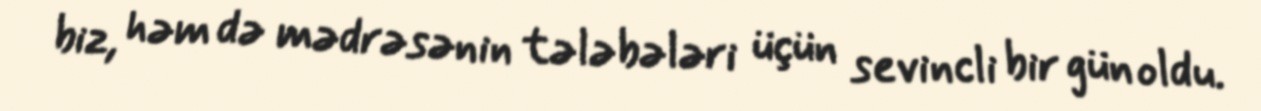
biz, həm də mədrəsənin tələbələri üçün sevincli bir gün oldu.